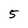
Character: 5